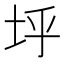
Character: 垀